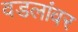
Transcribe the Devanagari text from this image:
वडलांवर